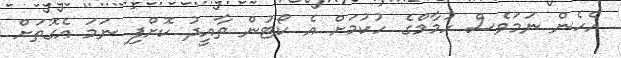
އެހެން ނަމަވެސް ހުމާމްގެ ހުކުމަށް އެ ކޯޓުން ތާއީދު ކޮށްފި ނަމަ އެގޮތަށް